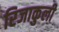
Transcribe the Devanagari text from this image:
रिजाकुली